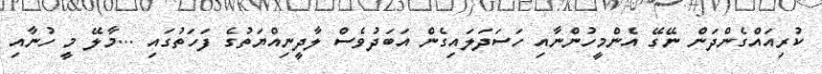
ކުރިއައްގެންދަން ނޭގޭ އެންމީހުންނާއި ހަސަދަލައިގެން އަބަދުވެސް ލާދީނިއްޔަތުގެ ފަހަތުގައި ...މާލޭ މީ ހުނާއި